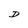
Character: D